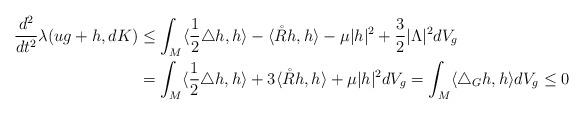
LaTeX: \begin{align*} \frac{d^2}{dt^2}\lambda(ug+h,dK)&\leq \int_M \langle \frac{1}{2}\triangle h,h \rangle- \langle\mathring{R}h,h \rangle-\mu |h|^2+\frac{3}{2}|\Lambda|^2 dV_g \\&=\int_M \langle \frac{1}{2}\triangle h,h \rangle+3 \langle\mathring{R}h,h \rangle+\mu |h|^2 dV_g=\int_M \langle \triangle_G h,h \rangle dV_g\leq 0 \end{align*}